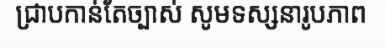
ជ្រាបកាន់តែច្បាស់ សូមទស្សនារូបភាព